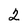
Character: 2